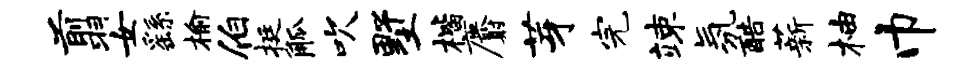
翦女繇榆伯挺觚吹墅楷麝芽完竦氛酷薪柚巾